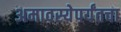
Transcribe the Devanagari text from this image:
अमावस्येपर्यंतचा